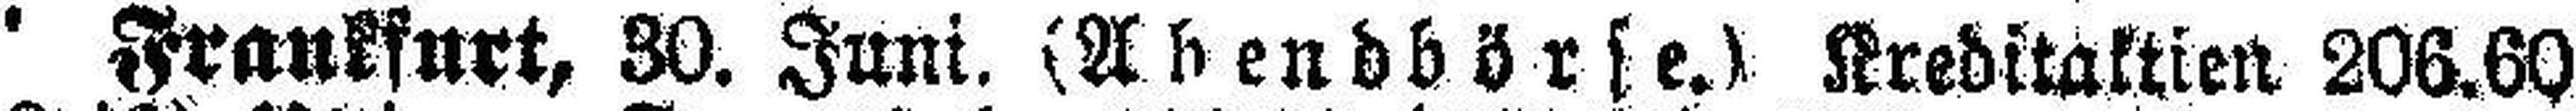
Frankfurt, 30. Juni. (Abendbörse.) Kreditaktien 206.60